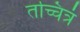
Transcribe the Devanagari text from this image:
तच्चित्रं